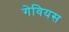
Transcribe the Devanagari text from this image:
गेवियस